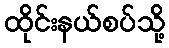
ထိုင်းနယ်စပ်သို့